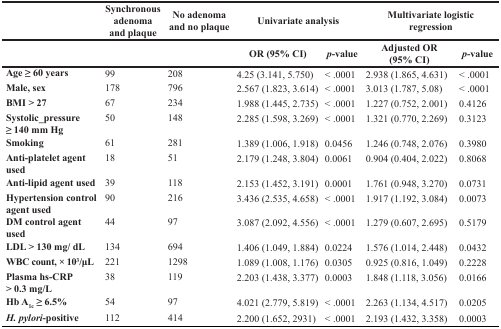
<table><thead><tr><td></td><td><b>Synchronous adenoma and plaque</b></td><td><b>No adenoma and no plaque</b></td><td colspan="2"><b>Univariate analysis</b></td><td colspan="2"><b>Multivariate logistic regression</b></td></tr><tr><td></td><td></td><td></td><td><b>OR (95% CI)</b></td><td><b><i>p</i>-value</b></td><td><b>Adjusted OR(95% CI)</b></td><td><b><i>p</i>-value</b></td></tr></thead><tbody><tr><td><b>Age ≥ 60 years</b></td><td>99</td><td>208</td><td>4.25 (3.141, 5.750)</td><td>&lt; .0001</td><td>2.938 (1.865, 4.631)</td><td>&lt; .0001</td></tr><tr><td><b>Male, sex</b></td><td>178</td><td>796</td><td>2.567 (1.823, 3.614)</td><td>&lt; .0001</td><td>3.013 (1.787, 5.08)</td><td>&lt; .0001</td></tr><tr><td><b>BMI &gt; 27</b></td><td>67</td><td>234</td><td>1.988 (1.445, 2.735)</td><td>&lt; .0001</td><td>1.227 (0.752, 2.001)</td><td>0.4126</td></tr><tr><td><b>Systolic_pressure ≥140 mm Hg</b></td><td>50</td><td>148</td><td>2.285 (1.598, 3.269)</td><td>&lt; .0001</td><td>1.321 (0.770, 2.269)</td><td>0.3123</td></tr><tr><td><b>Smoking</b></td><td>61</td><td>281</td><td>1.389 (1.006, 1.918)</td><td>0.0456</td><td>1.246 (0.748, 2.076)</td><td>0.3980</td></tr><tr><td><b>Anti-platelet agent used</b></td><td>18</td><td>51</td><td>2.179 (1.248, 3.804)</td><td>0.0061</td><td>0.904 (0.404, 2.022)</td><td>0.8068</td></tr><tr><td><b>Anti-lipid agent used</b></td><td>39</td><td>118</td><td>2.153 (1.452, 3.191)</td><td>0.0001</td><td>1.761 (0.948, 3.270)</td><td>0.0731</td></tr><tr><td><b>Hypertension control agent used</b></td><td>90</td><td>216</td><td>3.436 (2.535, 4.658)</td><td>&lt; .0001</td><td>1.917 (1.192, 3.084)</td><td>0.0073</td></tr><tr><td><b>DM control agent used</b></td><td>44</td><td>97</td><td>3.087 (2.092, 4.556)</td><td>&lt; .0001</td><td>1.279 (0.607, 2.695)</td><td>0.5179</td></tr><tr><td><b>LDL &gt; 130 mg/ dL</b></td><td>134</td><td>694</td><td>1.406 (1.049, 1.884)</td><td>0.0224</td><td>1.576 (1.014, 2.448)</td><td>0.0432</td></tr><tr><td><b>WBC count, × 10</b><sup>3</sup><b>/μL</b></td><td>221</td><td>1298</td><td>1.089 (1.008, 1.176)</td><td>0.0305</td><td>0.925 (0.816, 1.049)</td><td>0.2228</td></tr><tr><td><b>Plasma hs-CRP</b><b>&gt; 0.3 mg/L</b></td><td>38</td><td>119</td><td>2.203 (1.438, 3.377)</td><td>0.0003</td><td>1.848 (1.118, 3.056)</td><td>0.0166</td></tr><tr><td><b>Hb A</b><sub>1c</sub><b>≥ 6.5%</b></td><td>54</td><td>97</td><td>4.021 (2.779, 5.819)</td><td>&lt; .0001</td><td>2.263 (1.134, 4.517)</td><td>0.0205</td></tr><tr><td><b><i>H. pylori</i>-positive</b></td><td>112</td><td>414</td><td>2.200 (1.652, 2931)</td><td>&lt; .0001</td><td>2.193 (1.432, 3.358)</td><td>0.0003</td></tr></tbody></table>